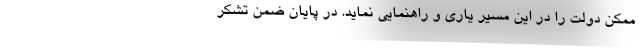
ممکن دولت را در این مسیر یاری و راهنمایی نماید. در پایان ضمن تشکر